Indian journal of veterinary science and animal husbandry - Volume 11,
Year: 1941
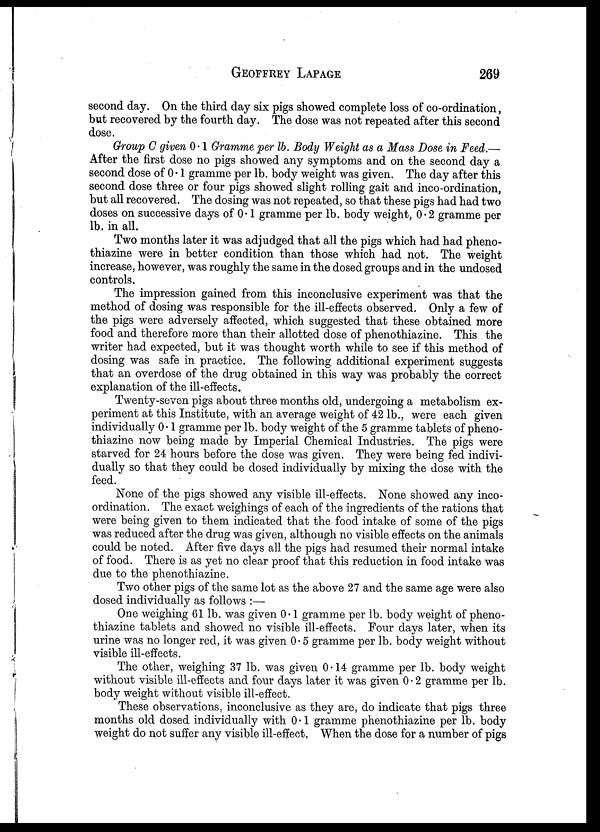
GEOFFREY LAPAGE 269
second day. On the third day six pigs showed complete loss of co-ordination,
but recovered by the fourth day. The dose was not repeated after this second
dose.
Group C given 0.1 Gramme per lb. Body Weight as a Mass Dose in Feed.—
After the first dose no pigs showed any symptoms and on the second day a
second dose of 0.1 gramme per lb. body weight was given. The day after this
second dose three or four pigs showed slight rolling gait and inco-ordination,
but all recovered. The dosing was not repeated, so that these pigs had had two
doses on successive days of 0.1 gramme per lb. body weight, 0.2 gramme per
lb. in all.
Two months later it was adjudged that all the pigs which had had pheno¬
thiazine were in better condition than those which had not. The weight
increase, however, was roughly the same in the dosed groups and in the undosed
controls.
The impression gained from this inconclusive experiment was that the
method of dosing was responsible for the ill-effects observed. Only a few of
the pigs were adversely affected, which suggested that these obtained more
food and therefore more than their allotted dose of phenothiazine. This the
writer had expected, but it was thought worth while to see if this method of
dosing was safe in practice. The following additional experiment suggests
that an overdose of the drug obtained in this way was probably the correct
explanation of the ill-effects.
Twenty-seven pigs about three months old, undergoing a metabolism ex-
periment at this Institute, with an average weight of 42 lb., were each given
individually 0.1 gramme per lb. body weight of the 5 gramme tablets of pheno-
thiazine now being made by Imperial Chemical Industries. The pigs were
starved for 24 hours before the dose was given. They were being fed indivi-
dually so that they could be dosed individually by mixing the dose with the
feed.
None of the pigs showed any visible ill-effects. None showed any inco-
ordination. The exact weighings of each of the ingredients of the rations that
were being given to them indicated that the food intake of some of the pigs
was reduced after the drug was given, although no visible effects on the animals
could be noted. After five days all the pigs had resumed their normal intake
of food. There is as yet no clear proof that this reduction in food intake was
due to the phenothiazine.
Two other pigs of the same lot as the above 27 and the same age were also
dosed individually as follows :—
One weighing 61 lb. was given 0.1 gramme per lb. body weight of pheno-
thiazine tablets and showed no visible ill-effects. Four days later, when its
urine was no longer red, it was given 0.5 gramme per lb. body weight without
visible ill-effects.
The other, weighing 37 lb. was given 0.14 gramme per lb. body weight
without visible ill-effects and four days later it was given 0.2 gramme per lb.
body weight without visible ill-effect.
These observations, inconclusive as they are, do indicate that pigs three
months old dosed individually with 0.1 gramme phenothiazine per lb. body
weight do not suffer any visible ill-effect, When the dose for a number of pigs